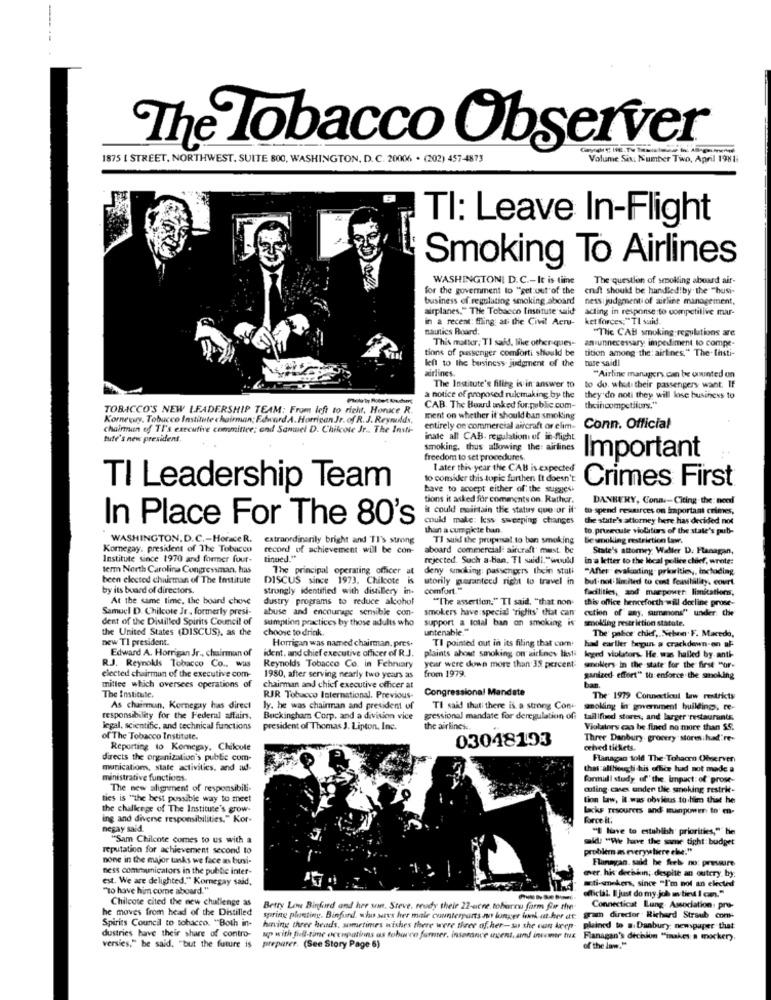
The Tobacco Observer
1875 [ STREET, NORTHWEST, SUITE 800, WASHINGTON, D. C. 20006 . (202) 457-4873
Volume Six. Number Two, April 1981
TI: Leave In-Flight
Smoking To Airlines
WASHINGTONI D.C .- It is tine
The question of smoking aboard air-
for the government to "get out of the
endt should be handled!by the ""busi-
business of regulating smoking aboard!
ness judgment of airline management,
airplanes." The Tobacco Institute said
acting in response to competitive mar-
in a recent: filing: at the Civil Acru-
ket forces:"TI said.
nautics Roard.
"The CAB smoking regulations are
This matter, TI said, like other quey-
anunnecessary impediment to compe-
tions of passenger comforti should be
tition among the: airlines," The. Insti-
left to the business judgment of the
tute said!
airlines.
"Airline managers can be counted on
The Institute's filleg is in answer to to do. what their passengers want: If
a notice of proposed rulemaking by the they do noti they will lose business to
TOBACCO'S NEW LEADERSHIP TEAM: From icfi to richt, Horace R.
CAB. The Board inked for public com-
theihcompetitors."
Korneguy, Tobacco Institute chairman: Edward A. Horrigan Jr. of R. J. Reynolds,
ment on whether it should ban smoking
chainnan of TI's executive committee; and Sanwel D. Chilcote Jr .. The Insti-
entirely on commercial aircraft or elim-
Conn. Official
tufe's new president.
inate all CAB. regulation of in-flight
smoking, thus allowing the: airlines
freedom to set procedures.
Important
Later this year the CAB is expected
to consider this topic furthen It doesn't
Crimes First
TI Leadership Team
have to accept either of the sugges.
tions it asked for comments on. Rather.
DANBURY, Cona .- Citing . the: need
i could maintain the status quo or il
to-spend resarces on important crimes,
In Place For The 80's
could make: kess sweeping changes
the state's attorney here las decided not
than a cumgiete hun
to. prucute violistirs of the state's pub-
WASHINGTON, D.C .- Horace R.
extraordinarily bright and TI's strong
TI said the proposal. to ban smoking
Ge smoking restriction Law.
Komnegay, president of The Tobacco
record of achievement will be con-
aboard commercial aircraft must be
State's attorney Waller D. Flanagan,
Institute since 1970 and former four-
tinued .**
rejected. Such a-ban. TI saidi. "would)
in a letter to the local police chief, wrote:
term North Carolina Congressman, has
The principal operating officer at
deny smoking: passengers thein stali
"Affer" evaluating- priorities ,, including
been elected chairman of The Institute
DISCUS since 1973. Chilcote is utorily guaranteed right to travel in
but not limited to const feasibility. court
by its board of directors.
strongly identified with distillery in.
comfort."
facilities, aod marpower: limitations,
At the same time, the board chove
dustry programs to reduce alcohol
"The assertion." TI said, "that non-
this office henceforth will decline prose-
Samuel D. Chilcote Jr , formerly presi-
abuse and encourage semible con-
smokers have special "righits" that can
cution of any, summons" under: Chie
dent of the Distilled Spirits Council of
sumption practices by those adults who
support a total ban on smoking is
smolllag restriction statale.
the United States (DISCUS), as the
choose to drink
untenable."
The' palior chief ,. Neben F. Macedo,
new TI president.
Horrigan was named chairman. pres.
TI pointed out in its filing that com.
Edward A. Horrigan Jr ., chairman of
ident. and chief executive officer of R.J.
plaints about smoking on airlines listi
had earlier begin a crackdown-en af-
leged violators. He was hailed by anti-
R.J. Reynolds Tobacco Co ., Wis
Reynolds Tobacco Co. in Fehniary
year were down more than 35 percent:
from 1979.
smokers in the state for the first "or-
elected chairman of the executive com-
1980, after serving nearly two years as
ganized- effort" to enforce the smoking
mittee which oversees operations of
chairman and chief executive officer at
Congressional Mandate
The Institute.
RJR Tobacco International. Previous-
The' 1979 Connecticut Law restricty
As chairman, Kormegay has direct
ly. he was chairman and president of
TI said thati there is a strong Con-
smoking in government building, re-
responsibility for the Federal affairs,
Buckingham Corp. and a division vice
gressional mandate for deregulation of
tall |filed stores, and larger restaurants.
legal, scientific, and technical functions
president of Thomas J. Lipton, Inc.
the airlines
Violators can be fined no more than $5.
of The Tobacco Institute.
03048193
Three Danbury grocery storeihad're-
Reporting to Komegay, Cheloule
ceived tickets.
directs the organization's public com-
Flanagan told The Tohacen Observer
munication, state activities, and ad-
that althoughi his office had not made a
ministrative functions.
Formull study of' the Impact of prose-
The new alignment of responsibili-
curling caves under the smoking restri-
ties is "the best possible way to meet
tion law, il was obvious to him that he
the challenge of The Institute's grow-
Lacks resources and manpower to en-
ing and diverse responsibilities." Kor-
Force it;
negay sald.
"I live to establish' priorities," he
"Sam Chilcote comes to us with a
old "We have the same tight budget
reputation for achievement second to
problem as everystiere else:"
none in the major tanks we face as busi-
Flunagan. said he feels no: pressure
ness communicators in the public inter-
ever. his dechan; despite an outcry by:
est. We are delighted." Kommegay said,
"To have him come aboard."
meti-mekers, since "I'm not an elected
Chilcote cited the new challenge as
official. Ijust do my job mvbied I can."
he moves from head of the Distilled
Betty Low Birford and her son. Steve, reudy their 22-acre toburcu form for the
Connecticat Lung Association: pro-
Spirits Council to tobacco. "Both in-
spring planting. Binfund, who says her male counterparts no longer funk ut.her of
gram director. Richard Straub com-
having three heads, sometimes wishes there were three of. her-su she can keep-
plained to a. Danbury; newspaper that
dustries have their share of contro-
up with full-time occupations as toburce former, insarance agent, and inveme tux Flanagan's dechion "inakes a mockery.
versies," he said, "but the future is
preparer. (See Story Page 6)
of the law.""